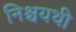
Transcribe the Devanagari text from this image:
निश्चयथी